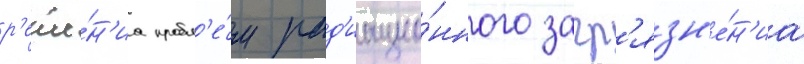
р'еше́н'иа пробл'е́м рад'иацио́нного загр'язн'е́н'иа